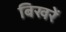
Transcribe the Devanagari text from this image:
बिखरें